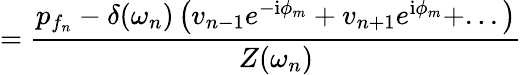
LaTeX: =\frac{p_{f_{n}}-\delta(\omega_{n})\left(v_{n-1}e^{-\textrm{i}\phi_{m}}+v_{n+1}e^{\textrm{i}\phi_{m}}+...\right)}{Z(\omega_{n})}